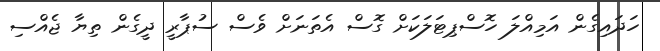
ހަދައިގެން އަމިއްލަ ހޮސްޕިޓަލަކަށް ގޮސް އެތަނަށް ވެސް ސުޕާރީ ދީގެން ތިޔާ ޖެއްސި